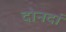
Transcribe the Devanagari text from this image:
दोनदां